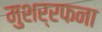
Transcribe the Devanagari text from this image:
मुशर्रफना